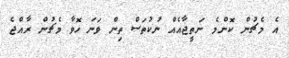
އެ މެޗުން ކޮންމެ ނަތީޖާއެއް ނުކުތަސް ތިން ވަނަ ހޮވާ މެޗުން ރާއްޖެ